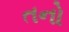
તનો